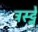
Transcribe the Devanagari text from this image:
ट्रस्ट्ने